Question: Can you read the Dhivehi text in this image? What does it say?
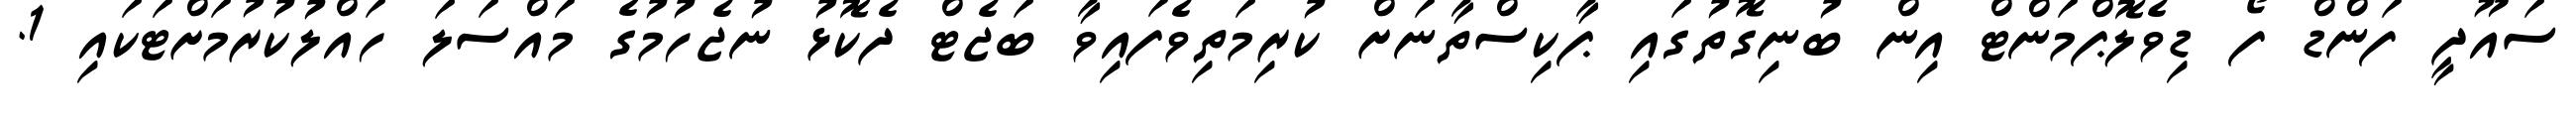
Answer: ސައޫދީ ފަންޑް ފޯ ޑިވެލޮޕްމަންޓް އިން ބުނިގޮތުގައި ޕާކިސްތާނަށް ކުރިމަތިވެފައިވާ ބަޖެޓް ދެކޮޅު ނުޖެހުމުގެ މައްސަލަ ހައްލުކުރުމަށްޓަކައި 1.